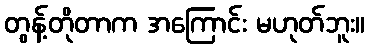
တွန့်တိုတာက အကြောင်း မဟုတ်ဘူး။